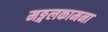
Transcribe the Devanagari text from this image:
मङ्गलकामना